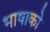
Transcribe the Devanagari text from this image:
भाषाको